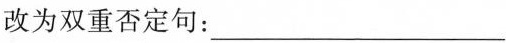
改为双重否定句：___